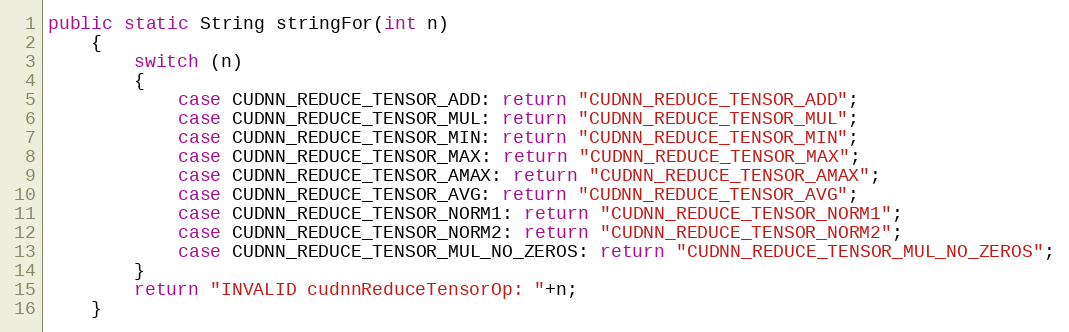
Language: Java
public static String stringFor(int n)
    {
        switch (n)
        {
            case CUDNN_REDUCE_TENSOR_ADD: return "CUDNN_REDUCE_TENSOR_ADD";
            case CUDNN_REDUCE_TENSOR_MUL: return "CUDNN_REDUCE_TENSOR_MUL";
            case CUDNN_REDUCE_TENSOR_MIN: return "CUDNN_REDUCE_TENSOR_MIN";
            case CUDNN_REDUCE_TENSOR_MAX: return "CUDNN_REDUCE_TENSOR_MAX";
            case CUDNN_REDUCE_TENSOR_AMAX: return "CUDNN_REDUCE_TENSOR_AMAX";
            case CUDNN_REDUCE_TENSOR_AVG: return "CUDNN_REDUCE_TENSOR_AVG";
            case CUDNN_REDUCE_TENSOR_NORM1: return "CUDNN_REDUCE_TENSOR_NORM1";
            case CUDNN_REDUCE_TENSOR_NORM2: return "CUDNN_REDUCE_TENSOR_NORM2";
            case CUDNN_REDUCE_TENSOR_MUL_NO_ZEROS: return "CUDNN_REDUCE_TENSOR_MUL_NO_ZEROS";
        }
        return "INVALID cudnnReduceTensorOp: "+n;
    }